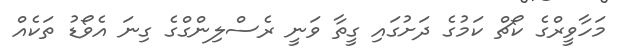
މަހާވީރްގެ ކޯޗް ކަމުގެ ދަށުގައި ގީތާ ވަނީ ރެސްލިންގްގެ ގިނަ އެވޯޑު ތަކެއް